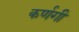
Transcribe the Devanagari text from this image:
कर्णगी